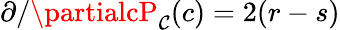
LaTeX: \partial/\partialcP_{\mathcal{C}}(c)=2(r-s)